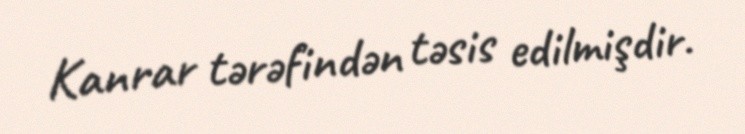
Kanrar tərəfindən təsis edilmişdir.